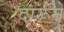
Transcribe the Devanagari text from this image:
दारूने